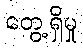
တွေ့ရှိမှု